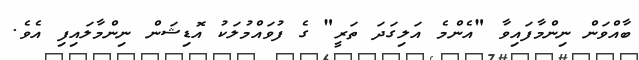
ބާއްވަން ނިންމާފައިވާ "އެންމެ އަލިގަދަ ތަރީ" ގެ ފުވައްމުލަކު އޮޑިޝަން ނިންމާލައިފި އެވެ.